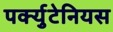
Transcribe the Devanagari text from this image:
पर्क्युटेनियस